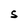
Character: s